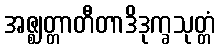
အဇ္ဈတ္တာတီတာဒိဒုက္ခသုတ္တံ